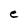
Character: e